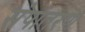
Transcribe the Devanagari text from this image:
संपातरण